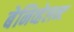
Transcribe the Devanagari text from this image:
बेनिव्हेलन्ट